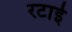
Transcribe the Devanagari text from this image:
रटाई